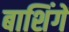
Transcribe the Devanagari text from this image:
बाशिंगें